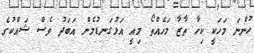
ހުންނަ މަހަކީ ކިހާ ތާޒާ މަހެއްތޯ މިއީ އަޅުގަނޑުމެން އަބަދު ވެސް ޝައްކުގެ